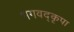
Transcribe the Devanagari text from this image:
भगवद्कृपा